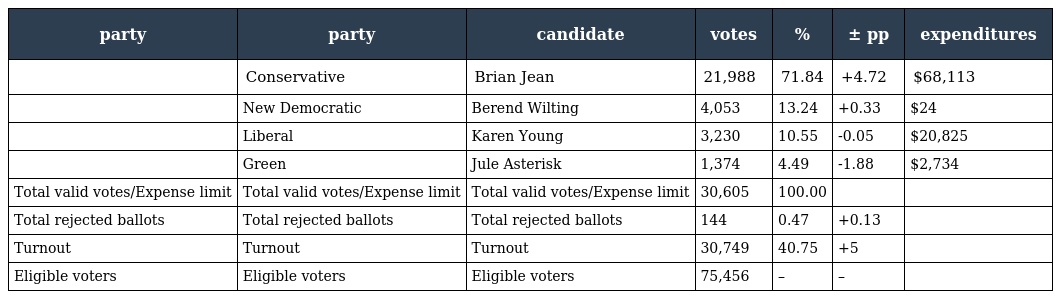
| party | party | candidate | votes | % | ± pp | expenditures |
 | --- | --- | --- | --- | --- | --- | --- |
 |  | Conservative | Brian Jean | 21,988 | 71.84 | +4.72 | $68,113 |
 |  | New Democratic | Berend Wilting | 4,053 | 13.24 | +0.33 | $24 |
 |  | Liberal | Karen Young | 3,230 | 10.55 | -0.05 | $20,825 |
 |  | Green | Jule Asterisk | 1,374 | 4.49 | -1.88 | $2,734 |
 | Total valid votes/Expense limit | Total valid votes/Expense limit | Total valid votes/Expense limit | 30,605 | 100.00 |  |  |
 | Total rejected ballots | Total rejected ballots | Total rejected ballots | 144 | 0.47 | +0.13 |  |
 | Turnout | Turnout | Turnout | 30,749 | 40.75 | +5 |  |
 | Eligible voters | Eligible voters | Eligible voters | 75,456 | – | – |  |